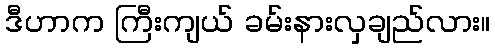
ဒီဟာက ကြီးကျယ် ခမ်းနားလှချည်လား။